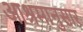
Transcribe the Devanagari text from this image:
आश्रमानुसार